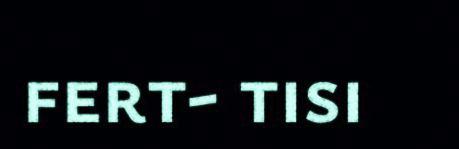
fert- tisi